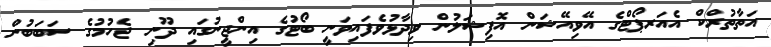
އަތާތުރްކް އެއަރޕޯޓްގެ އޭވިއޭޝަން އޮފިޝަލުން ވިދާޅުވެފައިވަނީ ބޯޓުގެ އިންޖީނުގައި ދޫނި ޖެހުމުގެ ސަބަބުން